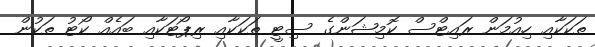
ތަކަކާއި ހިއުމަން ރައިޓްސް ކޮމިޝަންގެ ސިޓީ ތަކަކާއި ރިޕޯޓަކާއި ބައެއް ކޯޓު ތަކުން